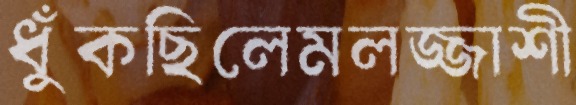
ধুঁকছিলেমলজ্জাশী